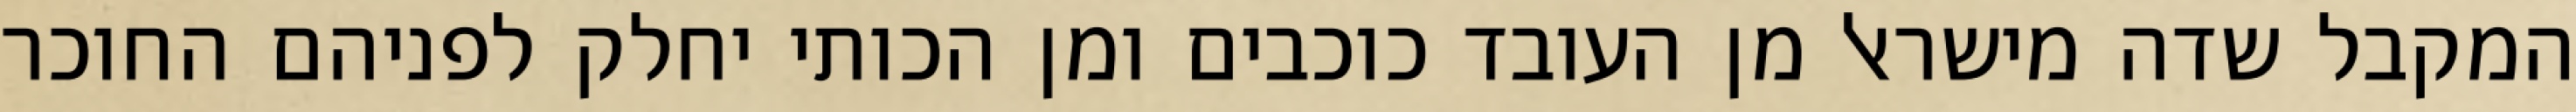
המקבל שדה מישראל מן העובד כוכבים ומן הכותי יחלק לפניהם החוכר